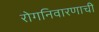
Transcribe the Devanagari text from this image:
रोगनिवारणाची